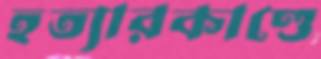
হত্যারকাণ্ডে